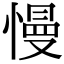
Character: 慢